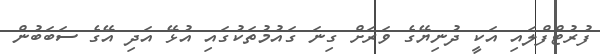
ފުރުޓްފްލައި އަކީ ދުނިޔޭގެ ވަރަށް ގިނަ ގައުމުތަކުގައި އުޅޭ އަދި އޭގެ ސަބަބުން